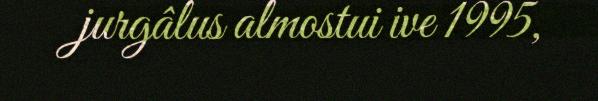
jurgâlus almostui ive 1995,